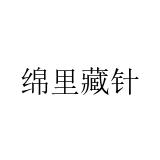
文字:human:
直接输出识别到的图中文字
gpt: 绵里藏针